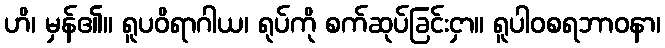
ဟိ၊ မှန်၏။ ရူပဝိရာဂါယ၊ ရုပ်ကို စက်ဆုပ်ခြင်းငှာ။ ရူပါဝစရဘာဝနာ၊